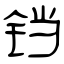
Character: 铛